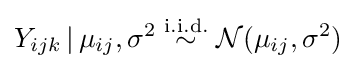
Y_{ijk}\,|\,\mu _{ij},\sigma ^{2}\;{\overset {\mathrm {i.i.d.} }{\sim }}\;{\mathcal {N}}(\mu _{ij},\sigma ^{2})